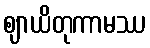
ဈာယိတုကာမဿ